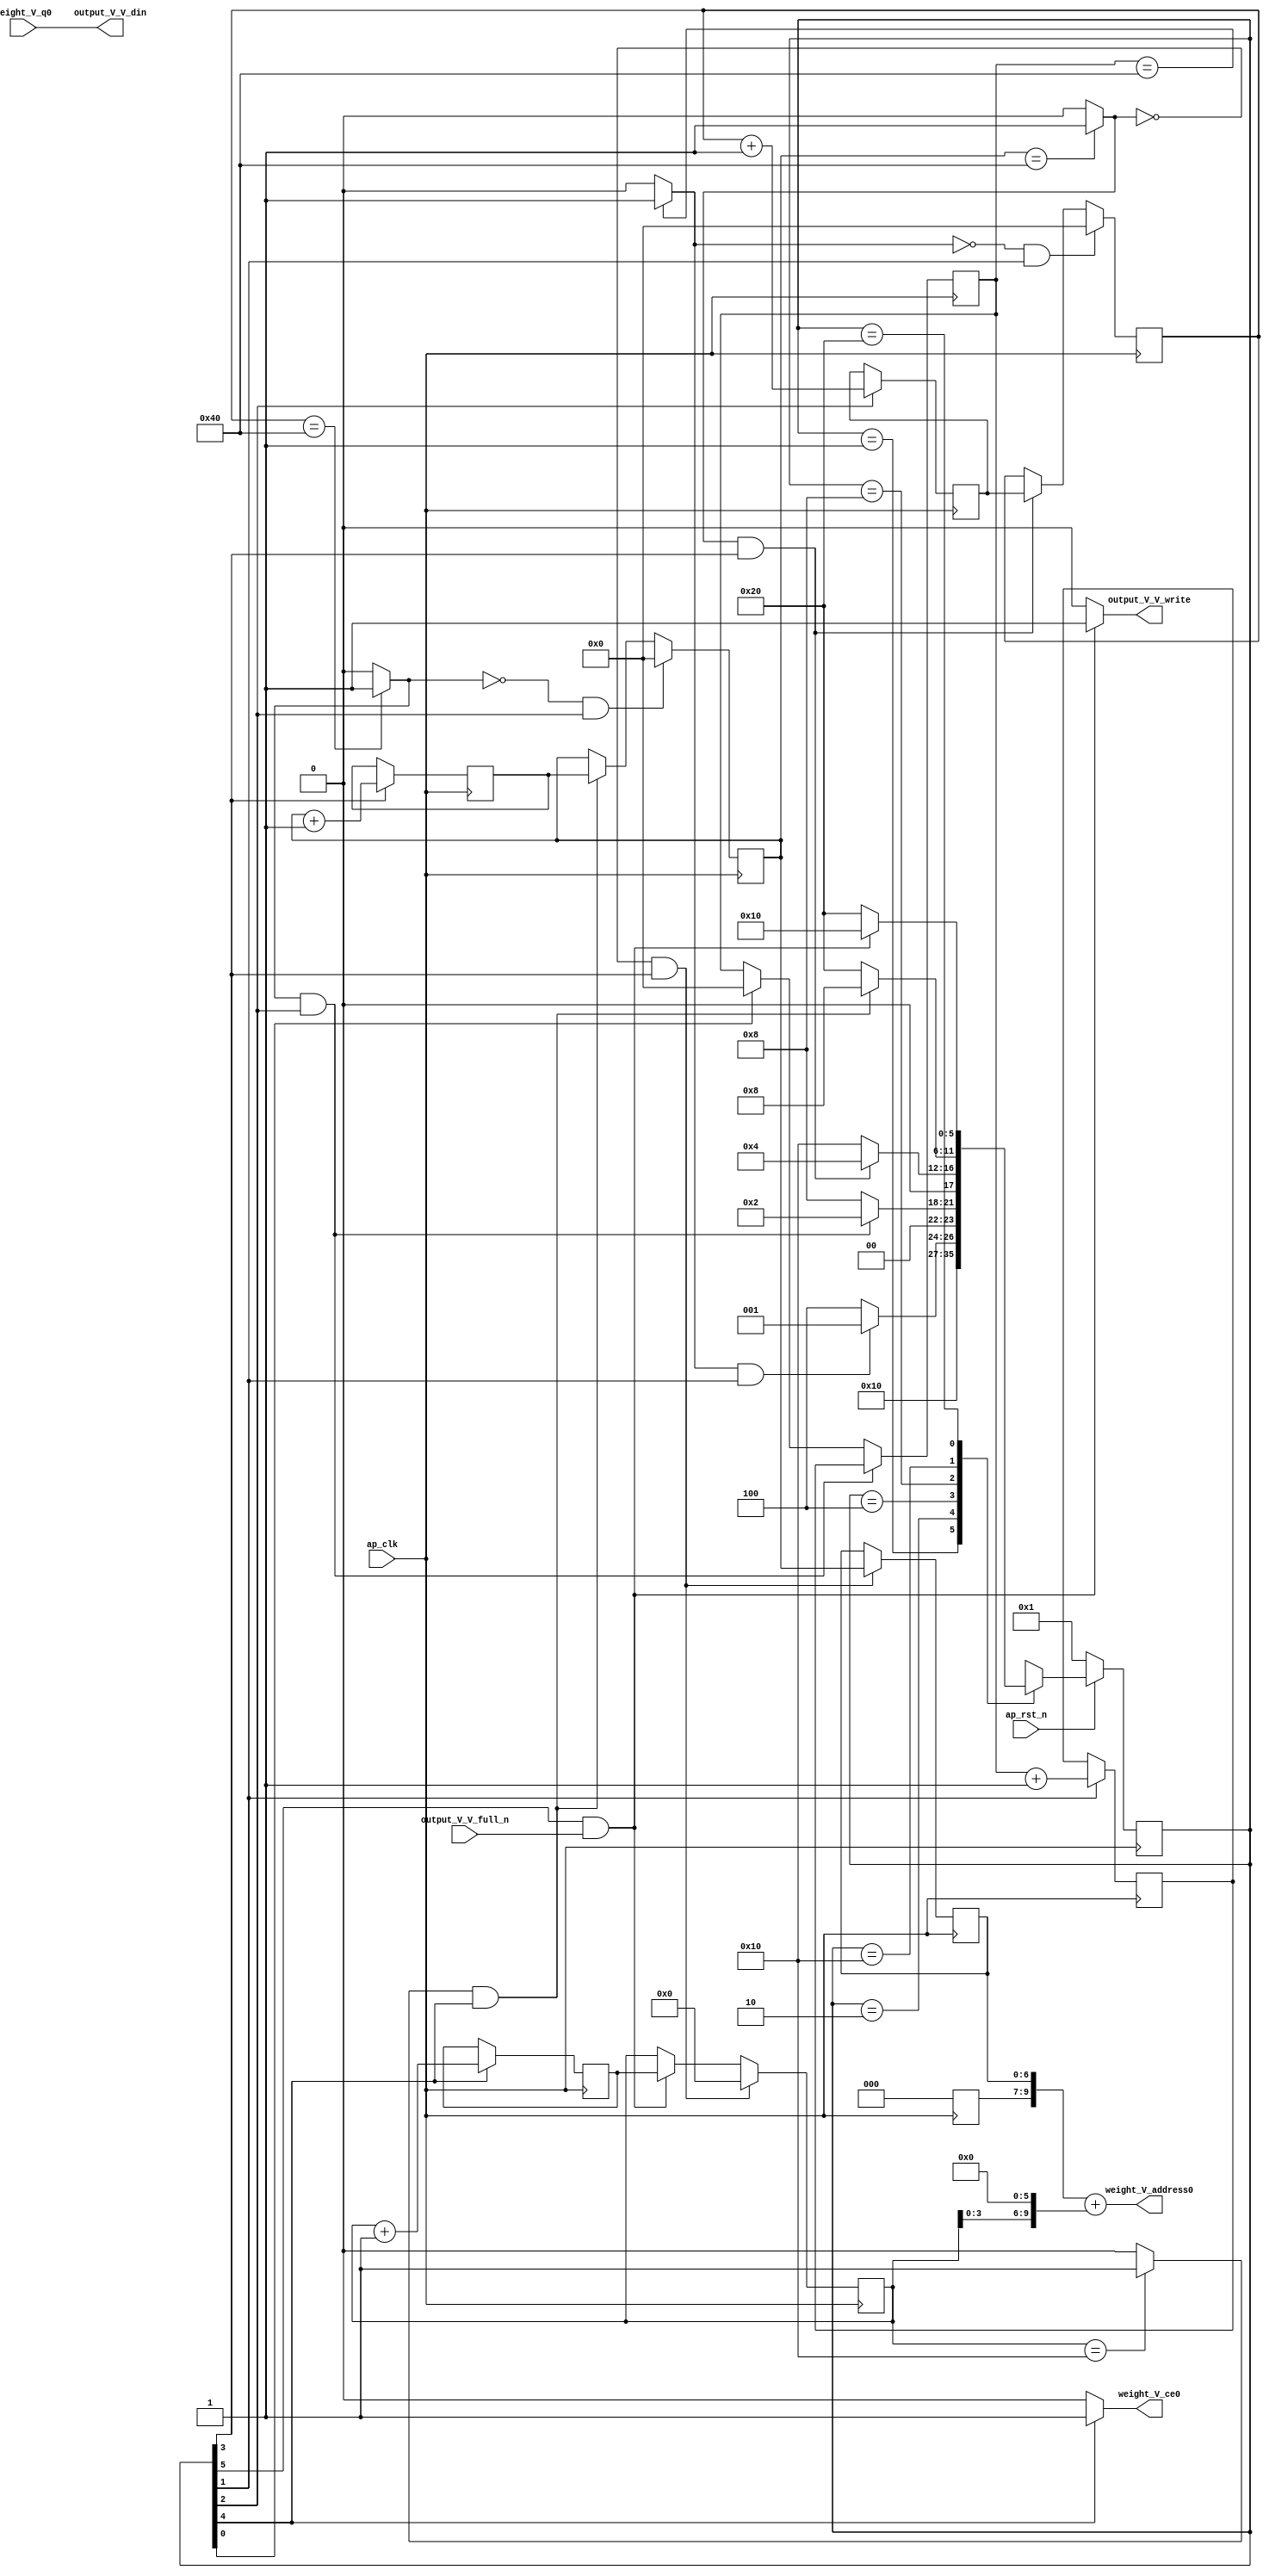
// ==============================================================
// RTL generated by Vivado(TM) HLS - High-Level Synthesis from C, C++ and SystemC
// Version: 2017.4
// Copyright (C) 1986-2017 Xilinx, Inc. All Rights Reserved.
// 
// ===========================================================

`timescale 1 ns / 1 ps 

(* CORE_GENERATION_INFO="weight_s_9,hls_ip_2017_4,{HLS_INPUT_TYPE=cxx,HLS_INPUT_FLOAT=0,HLS_INPUT_FIXED=1,HLS_INPUT_PART=xc7z020clg484-1,HLS_INPUT_CLOCK=10.000000,HLS_INPUT_ARCH=others,HLS_SYN_CLOCK=6.888000,HLS_SYN_LAT=8921217,HLS_SYN_TPT=none,HLS_SYN_MEM=0,HLS_SYN_DSP=0,HLS_SYN_FF=65,HLS_SYN_LUT=206}" *)

module weight_s_9 (
        ap_clk,
        ap_rst_n,
        output_V_V_din,
        output_V_V_full_n,
        output_V_V_write,
        weight_V_address0,
        weight_V_ce0,
        weight_V_q0
);

parameter    ap_ST_fsm_state1 = 6'd1;
parameter    ap_ST_fsm_state2 = 6'd2;
parameter    ap_ST_fsm_state3 = 6'd4;
parameter    ap_ST_fsm_state4 = 6'd8;
parameter    ap_ST_fsm_state5 = 6'd16;
parameter    ap_ST_fsm_state6 = 6'd32;

input   ap_clk;
input   ap_rst_n;
output  [7:0] output_V_V_din;
input   output_V_V_full_n;
output   output_V_V_write;
output  [9:0] weight_V_address0;
output   weight_V_ce0;
input  [7:0] weight_V_q0;

reg output_V_V_write;
reg weight_V_ce0;

reg    ap_rst_n_inv;
reg    output_V_V_blk_n;
(* fsm_encoding = "none" *) reg   [5:0] ap_CS_fsm;
wire    ap_CS_fsm_state6;
wire   [6:0] hout_1_fu_132_p2;
reg   [6:0] hout_1_reg_203;
wire    ap_CS_fsm_state2;
wire   [6:0] wout_1_fu_144_p2;
reg   [6:0] wout_1_reg_211;
wire    ap_CS_fsm_state3;
wire   [6:0] pkern_1_fu_156_p2;
reg   [6:0] pkern_1_reg_219;
wire    ap_CS_fsm_state4;
wire   [11:0] tmp_4_cast_fu_162_p1;
reg   [11:0] tmp_4_cast_reg_224;
wire   [0:0] exitcond7_fu_150_p2;
wire   [4:0] pout_1_fu_172_p2;
reg   [4:0] pout_1_reg_232;
wire    ap_CS_fsm_state5;
wire   [0:0] exitcond_fu_166_p2;
reg   [6:0] hout_reg_82;
wire    ap_CS_fsm_state1;
wire   [0:0] exitcond2_fu_138_p2;
reg   [6:0] wout_reg_93;
wire   [0:0] exitcond1_fu_126_p2;
reg   [6:0] pkern_reg_104;
reg   [4:0] pout_reg_115;
wire   [63:0] tmp_2_cast_fu_195_p1;
wire   [10:0] tmp_fu_178_p3;
wire   [11:0] tmp_1_cast_fu_186_p1;
wire   [11:0] tmp_2_fu_190_p2;
reg   [5:0] ap_NS_fsm;

// power-on initialization
initial begin
#0 ap_CS_fsm = 6'd1;
end

always @ (posedge ap_clk) begin
    if (ap_rst_n_inv == 1'b1) begin
        ap_CS_fsm <= ap_ST_fsm_state1;
    end else begin
        ap_CS_fsm <= ap_NS_fsm;
    end
end

always @ (posedge ap_clk) begin
    if (((exitcond2_fu_138_p2 == 1'd1) & (1'b1 == ap_CS_fsm_state3))) begin
        hout_reg_82 <= hout_1_reg_203;
    end else if ((1'b1 == ap_CS_fsm_state1)) begin
        hout_reg_82 <= 7'd0;
    end
end

always @ (posedge ap_clk) begin
    if (((exitcond2_fu_138_p2 == 1'd0) & (1'b1 == ap_CS_fsm_state3))) begin
        pkern_reg_104 <= 7'd0;
    end else if (((exitcond_fu_166_p2 == 1'd1) & (1'b1 == ap_CS_fsm_state5))) begin
        pkern_reg_104 <= pkern_1_reg_219;
    end
end

always @ (posedge ap_clk) begin
    if (((exitcond7_fu_150_p2 == 1'd0) & (1'b1 == ap_CS_fsm_state4))) begin
        pout_reg_115 <= 5'd0;
    end else if (((1'b1 == ap_CS_fsm_state6) & (output_V_V_full_n == 1'b1))) begin
        pout_reg_115 <= pout_1_reg_232;
    end
end

always @ (posedge ap_clk) begin
    if (((exitcond1_fu_126_p2 == 1'd0) & (1'b1 == ap_CS_fsm_state2))) begin
        wout_reg_93 <= 7'd0;
    end else if (((exitcond7_fu_150_p2 == 1'd1) & (1'b1 == ap_CS_fsm_state4))) begin
        wout_reg_93 <= wout_1_reg_211;
    end
end

always @ (posedge ap_clk) begin
    if ((1'b1 == ap_CS_fsm_state2)) begin
        hout_1_reg_203 <= hout_1_fu_132_p2;
    end
end

always @ (posedge ap_clk) begin
    if ((1'b1 == ap_CS_fsm_state4)) begin
        pkern_1_reg_219 <= pkern_1_fu_156_p2;
    end
end

always @ (posedge ap_clk) begin
    if ((1'b1 == ap_CS_fsm_state5)) begin
        pout_1_reg_232 <= pout_1_fu_172_p2;
    end
end

always @ (posedge ap_clk) begin
    if (((exitcond7_fu_150_p2 == 1'd0) & (1'b1 == ap_CS_fsm_state4))) begin
        tmp_4_cast_reg_224[6 : 0] <= tmp_4_cast_fu_162_p1[6 : 0];
    end
end

always @ (posedge ap_clk) begin
    if ((1'b1 == ap_CS_fsm_state3)) begin
        wout_1_reg_211 <= wout_1_fu_144_p2;
    end
end

always @ (*) begin
    if ((1'b1 == ap_CS_fsm_state6)) begin
        output_V_V_blk_n = output_V_V_full_n;
    end else begin
        output_V_V_blk_n = 1'b1;
    end
end

always @ (*) begin
    if (((1'b1 == ap_CS_fsm_state6) & (output_V_V_full_n == 1'b1))) begin
        output_V_V_write = 1'b1;
    end else begin
        output_V_V_write = 1'b0;
    end
end

always @ (*) begin
    if ((1'b1 == ap_CS_fsm_state5)) begin
        weight_V_ce0 = 1'b1;
    end else begin
        weight_V_ce0 = 1'b0;
    end
end

always @ (*) begin
    case (ap_CS_fsm)
        ap_ST_fsm_state1 : begin
            ap_NS_fsm = ap_ST_fsm_state2;
        end
        ap_ST_fsm_state2 : begin
            if (((exitcond1_fu_126_p2 == 1'd1) & (1'b1 == ap_CS_fsm_state2))) begin
                ap_NS_fsm = ap_ST_fsm_state1;
            end else begin
                ap_NS_fsm = ap_ST_fsm_state3;
            end
        end
        ap_ST_fsm_state3 : begin
            if (((exitcond2_fu_138_p2 == 1'd1) & (1'b1 == ap_CS_fsm_state3))) begin
                ap_NS_fsm = ap_ST_fsm_state2;
            end else begin
                ap_NS_fsm = ap_ST_fsm_state4;
            end
        end
        ap_ST_fsm_state4 : begin
            if (((exitcond7_fu_150_p2 == 1'd1) & (1'b1 == ap_CS_fsm_state4))) begin
                ap_NS_fsm = ap_ST_fsm_state3;
            end else begin
                ap_NS_fsm = ap_ST_fsm_state5;
            end
        end
        ap_ST_fsm_state5 : begin
            if (((exitcond_fu_166_p2 == 1'd1) & (1'b1 == ap_CS_fsm_state5))) begin
                ap_NS_fsm = ap_ST_fsm_state4;
            end else begin
                ap_NS_fsm = ap_ST_fsm_state6;
            end
        end
        ap_ST_fsm_state6 : begin
            if (((1'b1 == ap_CS_fsm_state6) & (output_V_V_full_n == 1'b1))) begin
                ap_NS_fsm = ap_ST_fsm_state5;
            end else begin
                ap_NS_fsm = ap_ST_fsm_state6;
            end
        end
        default : begin
            ap_NS_fsm = 'bx;
        end
    endcase
end

assign ap_CS_fsm_state1 = ap_CS_fsm[32'd0];

assign ap_CS_fsm_state2 = ap_CS_fsm[32'd1];

assign ap_CS_fsm_state3 = ap_CS_fsm[32'd2];

assign ap_CS_fsm_state4 = ap_CS_fsm[32'd3];

assign ap_CS_fsm_state5 = ap_CS_fsm[32'd4];

assign ap_CS_fsm_state6 = ap_CS_fsm[32'd5];

always @ (*) begin
    ap_rst_n_inv = ~ap_rst_n;
end

assign exitcond1_fu_126_p2 = ((hout_reg_82 == 7'd64) ? 1'b1 : 1'b0);

assign exitcond2_fu_138_p2 = ((wout_reg_93 == 7'd64) ? 1'b1 : 1'b0);

assign exitcond7_fu_150_p2 = ((pkern_reg_104 == 7'd64) ? 1'b1 : 1'b0);

assign exitcond_fu_166_p2 = ((pout_reg_115 == 5'd16) ? 1'b1 : 1'b0);

assign hout_1_fu_132_p2 = (hout_reg_82 + 7'd1);

assign output_V_V_din = weight_V_q0;

assign pkern_1_fu_156_p2 = (pkern_reg_104 + 7'd1);

assign pout_1_fu_172_p2 = (pout_reg_115 + 5'd1);

assign tmp_1_cast_fu_186_p1 = tmp_fu_178_p3;

assign tmp_2_cast_fu_195_p1 = tmp_2_fu_190_p2;

assign tmp_2_fu_190_p2 = (tmp_4_cast_reg_224 + tmp_1_cast_fu_186_p1);

assign tmp_4_cast_fu_162_p1 = pkern_reg_104;

assign tmp_fu_178_p3 = {{pout_reg_115}, {6'd0}};

assign weight_V_address0 = tmp_2_cast_fu_195_p1;

assign wout_1_fu_144_p2 = (wout_reg_93 + 7'd1);

always @ (posedge ap_clk) begin
    tmp_4_cast_reg_224[11:7] <= 5'b00000;
end

endmodule //weight_s_9